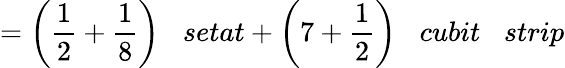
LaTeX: ={\bigg(}{\frac{1}{2}}+{\frac{1}{8}}{\bigg)}\; \; \; setat+{\bigg(}7+{\frac{1}{2}}{\bigg)}\; \; \; cubit\; \; \; strip